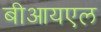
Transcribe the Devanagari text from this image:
बीआयएल